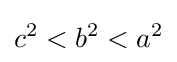
c^{2}<b^{2}<a^{2}